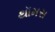
થૉમસ